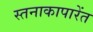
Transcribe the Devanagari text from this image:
स्तनाकापारेंत